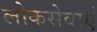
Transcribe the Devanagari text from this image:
लोकसेवाएँ